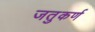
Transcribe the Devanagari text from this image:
जतुकर्ण